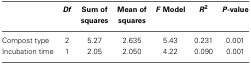
|  | Df | Sum of squares | Mean of squares | F Model | R2 | P-value |
 | --- | --- | --- | --- | --- | --- | --- |
 | Compost type | 2 | 5.27 | 2.635 | 5.43 | 0.231 | 0.001 |
 | Incubation time | 1 | 2.05 | 2.050 | 4.22 | 0.090 | 0.001 |